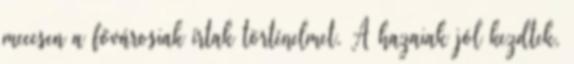
meccsen a fővárosiak írtak történelmet. A hazaiak jól kezdtek,